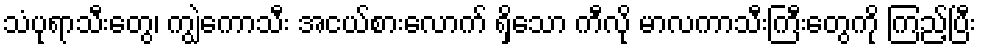
သံပုရာသီးတွေ၊ ကျွဲကောသီး အငယ်စားလောက် ရှိသော ကီလို မာလကာသီးကြီးတွေကို ကြည့်ပြီး